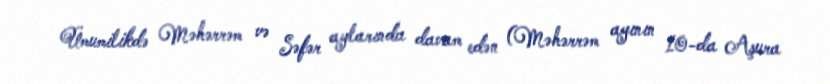
Ümumilikdə Məhərrəm və Səfər aylarında davam edən (Məhərrəm ayının 10-da Aşura